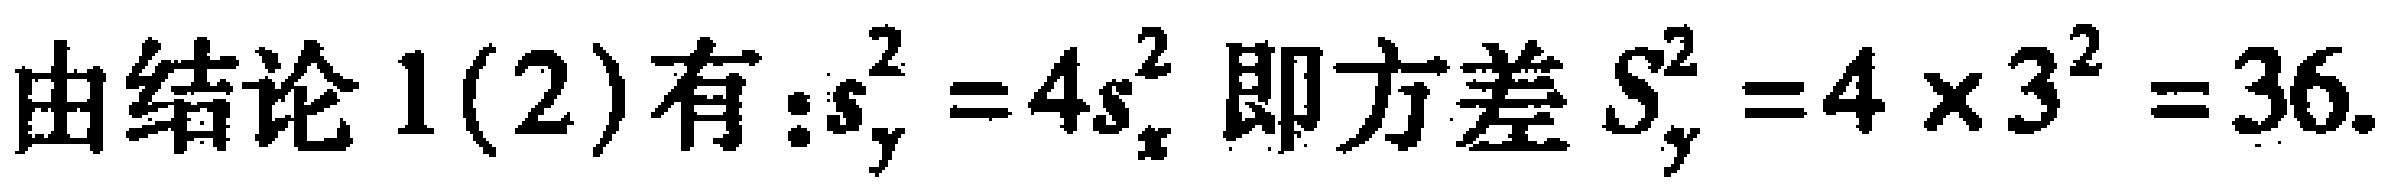
由结论 1(2)有：$s_{y}^{2}=4s_{x}^{2}$ 即方差 $S_{y}^{2}=4\times3^{2}=36.$